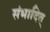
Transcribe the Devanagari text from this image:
संभादित्